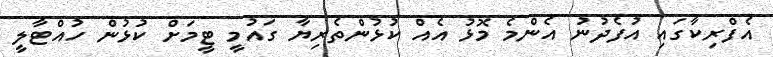
އެފްރިކާގައި އުފެދުނު އެންމެ މޮޅު އެއް ކުޅުންތެރިޔާ ގައުމީ ޓީމަށް ކުޅުން ހުއްޓާލީ